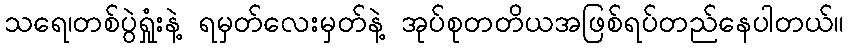
သရေ၊တစ်ပွဲရှုံးနဲ့ ရမှတ်လေးမှတ်နဲ့ အုပ်စုတတိယအဖြစ်ရပ်တည်နေပါတယ်။